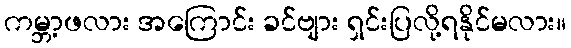
ကမ္ဘာ့ဖလား အကြောင်း ခင်ဗျား ရှင်းပြလို့ရနိုင်မလား။